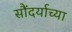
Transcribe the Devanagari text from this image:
सौंदर्याच्या